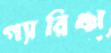
গ্যারিঞ্চা